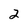
Character: 2